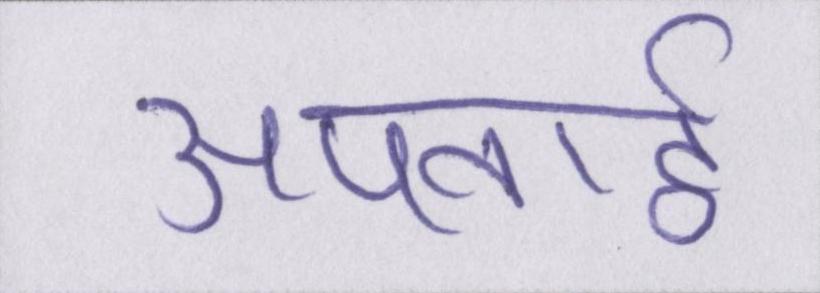
अपनाई